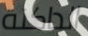
الداكنة